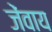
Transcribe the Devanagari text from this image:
जेंवाय